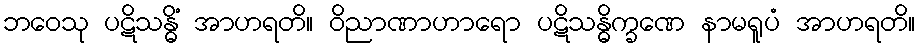
ဘဝေသု ပဋိသန္ဓိံ အာဟရတိ။ ဝိညာဏာဟာရော ပဋိသန္ဓိက္ခဏေ နာမရူပံ အာဟရတိ။